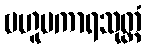
ဗဟူပကာရသုတ္တံ